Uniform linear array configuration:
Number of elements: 24
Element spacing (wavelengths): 0.75
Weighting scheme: blackman
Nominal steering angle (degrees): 30
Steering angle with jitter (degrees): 28.755
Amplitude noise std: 0.05
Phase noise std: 0.05

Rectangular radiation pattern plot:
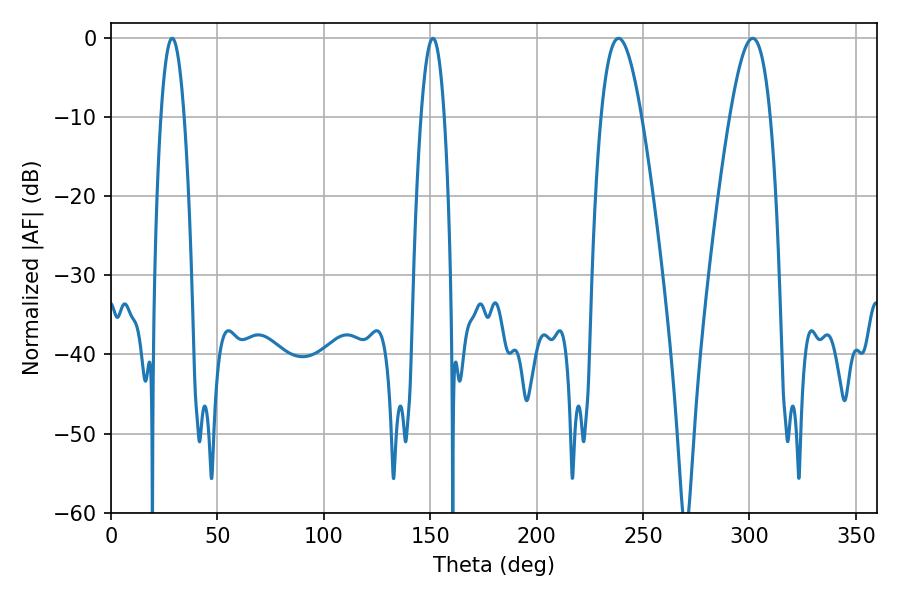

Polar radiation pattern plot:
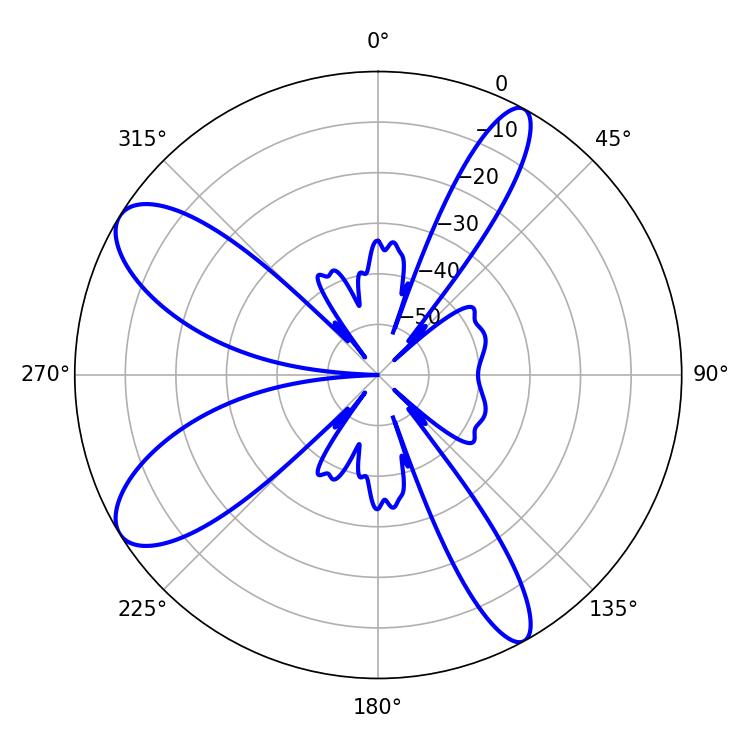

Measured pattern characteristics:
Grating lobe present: TRUE
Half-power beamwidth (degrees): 10.44
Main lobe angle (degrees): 238.5